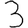
Digit: 3